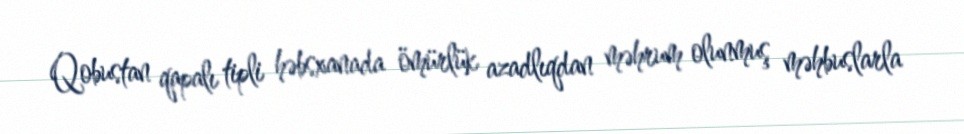
Qobustan qapalı tipli həbsxanada ömürlük azadlıqdan məhrum olunmuş məhbuslarla